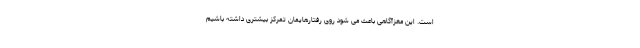
است. این مغزآگاهی باعث می شود روی رفتارهایمان تمرکز بیشتری داشته باشیم